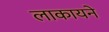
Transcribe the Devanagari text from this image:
लाकायने